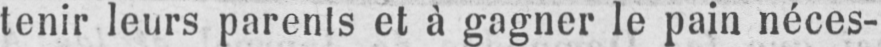
tenir leurs parents et à gagner le pain néces-